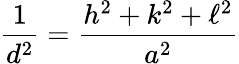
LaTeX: {\frac{1}{d^{2}}}={\frac{h^{2}+k^{2}+\ell^{2}}{a^{2}}}